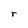
Character: r